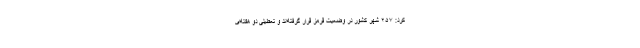
کرد: ۲۵۷ شهر کشور در وضعیت قرمز قرار گرفته‌اند و تعطیلی دو هفته‌ای